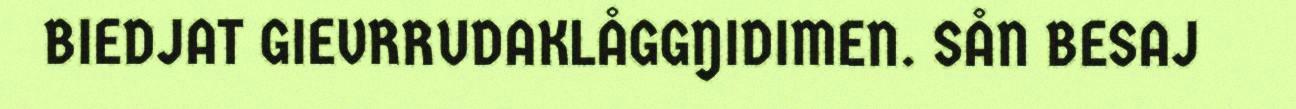
BIEDJAT GIEVRRUDAKLÅGGŊIDIMEN. SÅN BESAJ